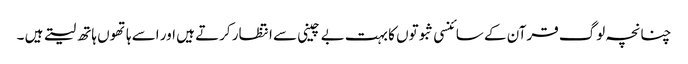
چنانچہ لوگ قرآن کے سائنسی ثبوتوں کا بہت بے چینی سے انتظار کرتے ہیں اور اسے ہاتھوں ہاتھ لیتے ہیں ۔